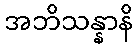
အဘိသန္နာနိ